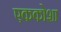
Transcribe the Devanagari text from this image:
एककोशा